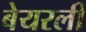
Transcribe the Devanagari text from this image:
बेयरली